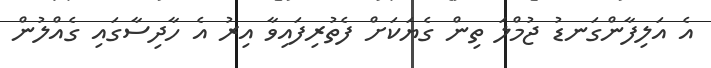
އެ އަލިފާންގަނޑު ޖުމްލަ ތިން ގެޔަކަށް ފެތުރިފައިވާ އިރު އެ ހާދިސާގައި ގެއްލުން